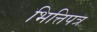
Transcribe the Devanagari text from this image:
भित्तिपत्र